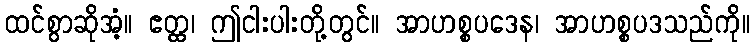
ထင်စွာဆိုအံ့။ ဧတ္ထ၊ ဤငါးပါးတို့တွင်။ အာဟစ္စပဒေန၊ အာဟစ္စပဒသည်ကို။